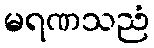
မရဏသညံ